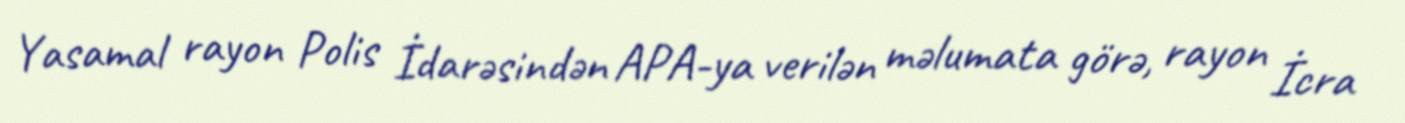
Yasamal rayon Polis İdarəsindən APA-ya verilən məlumata görə, rayon İcra